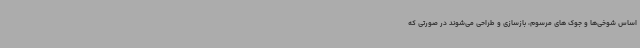
اساس شوخی‌ها و جوک های مرسوم، بازسازی و طراحی می‌شوند در صورتی که